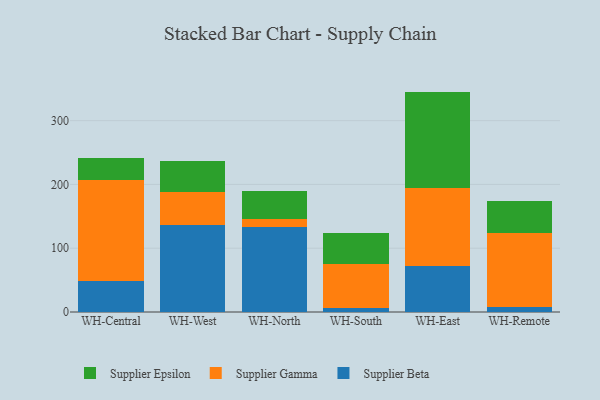
{"axis": {"x": "Warehouse", "y": "LTV (USD)"}, "legend": ["Supplier Beta", "Supplier Epsilon", "Supplier Gamma"], "data": [{"x": "WH-Central", "y": 49.2, "type": "Supplier Beta"}, {"x": "WH-Central", "y": 157.4, "type": "Supplier Gamma"}, {"x": "WH-Central", "y": 34.2, "type": "Supplier Epsilon"}, {"x": "WH-West", "y": 137.1, "type": "Supplier Beta"}, {"x": "WH-West", "y": 51.8, "type": "Supplier Gamma"}, {"x": "WH-West", "y": 47.6, "type": "Supplier Epsilon"}, {"x": "WH-North", "y": 133.6, "type": "Supplier Beta"}, {"x": "WH-North", "y": 12.1, "type": "Supplier Gamma"}, {"x": "WH-North", "y": 44.6, "type": "Supplier Epsilon"}, {"x": "WH-South", "y": 5.5, "type": "Supplier Beta"}, {"x": "WH-South", "y": 69.7, "type": "Supplier Gamma"}, {"x": "WH-South", "y": 49.4, "type": "Supplier Epsilon"}, {"x": "WH-East", "y": 71.4, "type": "Supplier Beta"}, {"x": "WH-East", "y": 123.2, "type": "Supplier Gamma"}, {"x": "WH-East", "y": 150.9, "type": "Supplier Epsilon"}, {"x": "WH-Remote", "y": 7.2, "type": "Supplier Beta"}, {"x": "WH-Remote", "y": 117.3, "type": "Supplier Gamma"}, {"x": "WH-Remote", "y": 48.8, "type": "Supplier Epsilon"}]}